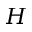
H